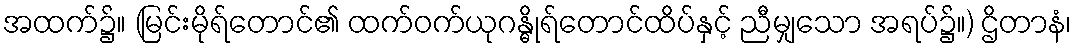
အထက်၌။ (မြင်းမိုရ်တောင်၏ ထက်ဝက်ယုဂန္ဓိုရ်တောင်ထိပ်နှင့် ညီမျှသော အရပ်၌။) ဌိတာနံ၊